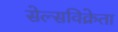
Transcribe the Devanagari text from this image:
सेल्सविक्रेता